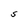
Character: S